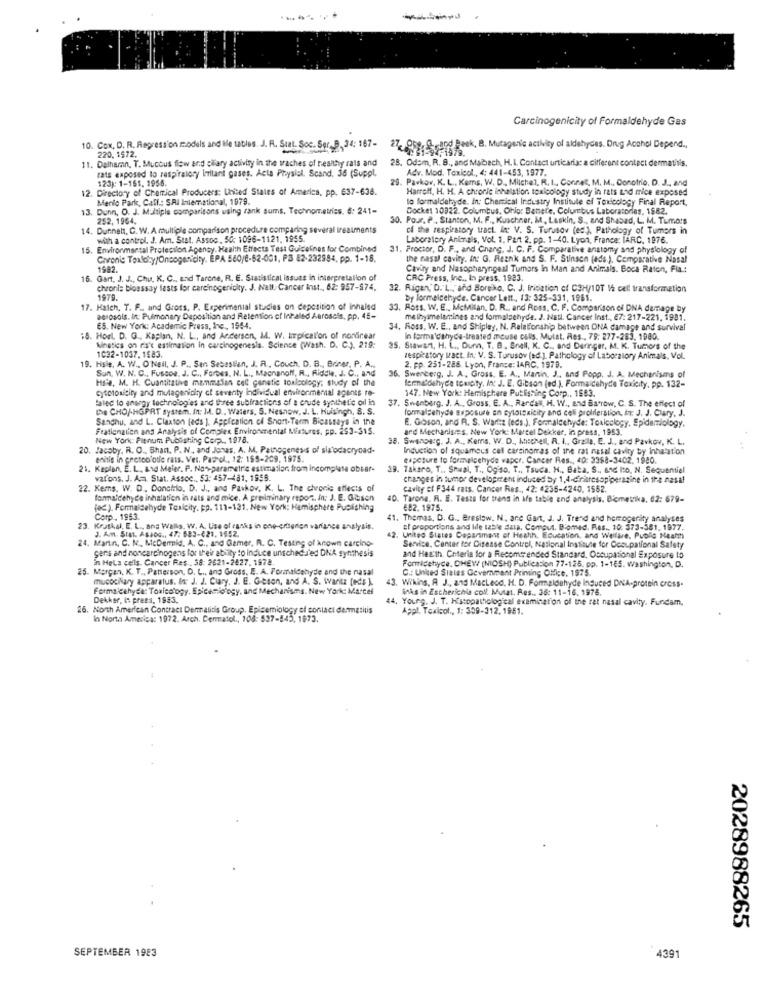
Carcinogenicity of Formaldehyde Gas
10. Cox, D. R. Regression models and He tables. J. R. Stat. Soc. Ser, B, 34: 167-
27- 05g, S.rand Back, B. Mutagen's activity of aldehydes. Drug Acchol Depend .,
11. Dalhamn, T. Mucous flow and pilary activity in the traches of healthy rats and
220, 1972.
rats exposed to respiratory imitant gases. Acta Physiol. Scand. 36 (Suppl,
28. Odem, R. B ., and Mabach, H. L. Contact urticaria: a different contact dermatitis,
Adv. Mod. Toxicol ., 4: 441-453, 1977.
123): 1-155. 1956.
29. Parkov, K. L ., Koms, W. D. Michel. R. L ., Connet, M. M ., Donofrio. D. J ., and
. Directory of Chemical Producers: United States of America, pp. 637-638.
Harrel, H. H. A chronic inhalation. toxicology study in rats and mice exposed
Menlo Park, Call .: SAI International, 1979.
to formaldehyde. In: Chemical Industry Institute of Toxicology Final Report,
13. Dunn, O. J. Multiple comparisons waing rank sums, Technometriss. 6: 241-
Docket 10322. Columbus, Ohio: Banere, Columbus Laboratories, 1882.
252, 1964.
30. Pour, P . Stanton, M. F ., Kuschner, M, Laskin, S ., and Shabad, L. M. Tumors
Dunnatt, C. W. A multiple comparison procedure comparing several irealments
cf the respiratory tract. in: V. S. Turusov (ed.), Pathology of Tumors in
with a control. J. Am. Stat. Assoc. 50: 1096-1121, 1955.
Laboratory Animals, Vol. 1. Part 2. pp. 1-40. Lyon, France: IARC. 1976.
15. Environmental Protection Agency. Health Effects Test Guidelines for Combined
31. Proctor, D. F ., and Chang, J. C. F. Comparative anatomy and physiology of
Chronic Taxloby/Oncogenicity. EPA 580/8-62-001, P3 82-232984, pp. 1-18.
the nasal cavity. In; G. Reznk and S. F. Stinson (eds.), Comparative Nasal
1982.
Caviry and Nasopharyngeal Tumors In Man and Animals. Boca Raton, Fia .:
16. Gart, J. J ., Chu. K. C ., and Tarche, R. E. Statistical issues in interpretation of
CRC Press, Inc ., In press, 1983.
chronis bioassay lests for carcinogenicity. J. Nall. Cancer inst ., 62: 957-974.
32. Rigan, D. L ., and Boreko. C. J. Initiation of C3H/10T Mi cell transformation
1979.
by formaldehyde. Cancer Lett, 13: 325-331, 1961.
17. Hatch. T. P .. and Gross, P. Experimental studies on deposition of inhaled
33. Ross. W. E ., MeMitan. D. R ., and Ross, C. F. Comparison of DNA damage by
aerosols. In: Pulmonary Daposition and Retention of Inhaled Aerosels, pp. 45-
me thyimelamines and formaldehyde. J. Natl. Cancer Inst ., €7: 217-221. 1981.
ES. New York: Academic Press, Inc ., 1964.
34. Ross. W. E ., and Shipley, N. Relationship between DNA damage and survival
18. Hosl. D. G ., Kaplan, N. L ., and Anderson, M. W. Implical'on of nordrear
in forma dthyda-treated meuse colis. Mutat. Res ., 79: 277-283, 1980.
Kinetics on ris's estimation in carcinogenesis. Science (Wash. D. C.). 219:
1032-1037. 1583.
35. Stawart, H. L ., Dunn, T. B. Snell, K. C ., and Deringer, M. K. Tumors of the
19. Hsie, A. W ., O'Nell, J. P ., San Sebastian, J. R ., Couch, D. B ., Briner, P. A ..
respiratory wact. In; V. S. Turusov (ed.). Pathology of Laboratory Animals, Vol.
Sun, W. N. C ., Fuscoa. J. C ., Forbes, N. L ., Macnanoff, R ., Riddle. J. C ., and
36. Swerterg, J. A. Gross. E. A ., Manin, J ., and Popp. J. A. Mechanisms of
2. pp. 251-288. Lyon, France: 14RC, 1979.
Hale, M. H. Cuantitativo mammalan cel genetic toalcology; study of the
cytotoxicity and mutagenicity of seventy individual environmental agents ro-
fernetdehyde tomaty, In: J. E. Gibson (ed.), Formaldehyde Toxicity, pp. 132-
147. New York: Hemisphere Publishing Corp ., 1983.
falec to energy technologies and three subiractions of a crude synthetic oil in
37. Swanberg. J. A ., Gross, E. A ., Rarcal, H. W ., and Barrow, C. S. The effect of
De CHO/-HGPRT system. In: M. D ., Waters, S. Nesnow, J. L. Huisingh, S. S.
formaldehyde Baposure en Byloisaicity and celi proliferation, At: J. J. Clary, J.
Sandhu, and L. Claxton (eds ). Appfication of Short-Term Bicassays in the
E. Goson, and R. S. Warlte (eds.), Formaldehyde: Toxicology, Epidemiology.
Fratienalien and Analysis of Complex Environmental Mistures, pp. 253-315.
and Mechanisms. New York: Marcel Dekker, in press, 1953.
New York: Plenum Publishing Corp .. 1978.
38. SwanDe:g. J. A ., Kerns, W. D ., Mitchell, R. I ., Graila, E. J ., and Pavkov, K. L.
20. Jacoby. R. O ., Bhan. P. N ., and Jones, A. M. Pathogenesis of siz'odacryoad-
Induction of squamous cell carcinomas of the rat nasal cavity by Inhalation
enitis in pectoo ode rats. Vet. Parol, 12: 155-209, 1975.
capeture to formaldehyde wapcr. Cancer Res ., 40: 3388-3402. 1940.
21. Kaplan, E. L ., and Maler. P. Nonparametric estimation, from incomplete obser-
39. Takaro. T ., Snual, T ., Og'so. T ., Tsuca. H ., Bata, S ., and Ito, N. Sequential
vafons. J. Am. Stat. Assoc ., S3: 457-481, 1956.
changes in tumor development induced by 1,4-diriresopiperazine in the nasal
22. Kems. W. D ., Donctilo, D. J ., and Pavkov, K. L. The chronic effects of
cavity cf F344 rats. Cancer Res ., 42: 4235-4240. 1562.
formaldehyde inhalation in rats and mice. A preliminary report, In: J. E. Gusen
40. Tarone, R. E. Tests for trans in ife table and analysis. Biometrika. 62: 679-
fed ). Formaldehyde Toxicity, pp. 111-121. New York: Hemisphere Publishing
692. 1975.
Corp ., 1983.
41. Themas, D. G ., Breslow, N, ane Gart, J. J. Trend and hemogerity analyses
23.
Kruskal, E. L ., ana Wallis. w. A. Line of rasis in one-criterion variance analysis.
J. Am. Stat. ASIOG ., 47: 683-421, 1652.
et proportions and lile table data. Comput. B'omed. Res ., 10: 373-581. 1977.
24. Marin, C. M ., McDermid, A. C ., and Gamer. R. C. Testing of known carcino-
42, United States Department of Health, Education, and Welfare. Puoic Meant
gers and noncarcinogens for their ability to Induce unscheduled DNA synthesis
Service, Center for Disease Control, National Institute for Occupational Safety
in Hela cells. Cancer Res .. 38: 2621-2827. 1978.
and Health. Cnteria for a Recommended Standard, Occupational Exposure to
Formidehyce, CHEW (NIOSH) Publication 77-125. pp. 1-1€5. washington, D.
25. Morgan, K. T ., Patterson, D. L ., and Gross, E. A. Formaldehyde and the nasal
C .: United States Government Printing Office. 1975.
mucochary apparatus. for J. J. Cury, J. E. Gibson, and A. S. Waritz [ed$ ).
Formaldehyde: Toxicology, Epicesio'ogy, and Mechanisms. New York: Marcel
Wiking, A J ., and Macleod, H. D. Formaldehyde induced DNA-protein cross.
inks in Escherichia coll. Mutat. Res .. 36: 11-16. 1976.
Dekker, i: press, 1983.
. Young, J. T. Histopathological examination of the rat nasal cavity. Fundam.
26. North American Contract Dermatitis Group. Epidemiology of contact dermatitis
Appl. Toxicol ., 1: 309-312. 1951.
In North America: 1972. Arch. Dermatol ., 104: 537-445, 1973.
2028988265
SEPTEMBER 19E3
4391